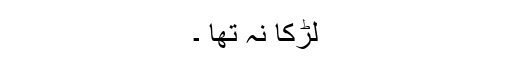
لڑکا نہ تھا ۔